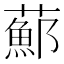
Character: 𦿇